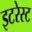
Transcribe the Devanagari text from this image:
इटरेस्‍ट